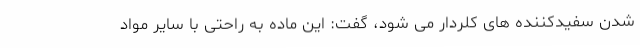
شدن سفیدکننده های کلردار می شود، گفت: این ماده به راحتی با سایر مواد